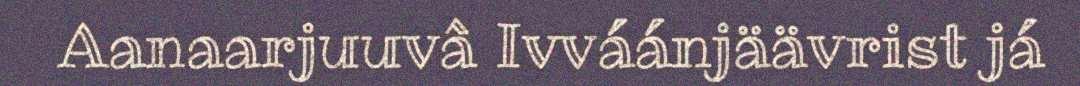
Aanaarjuuvâ Ivváánjäävrist já